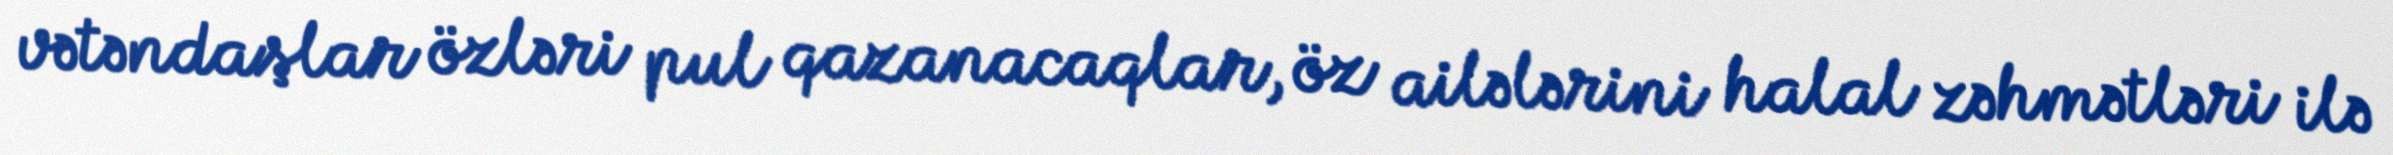
vətəndaşlar özləri pul qazanacaqlar, öz ailələrini halal zəhmətləri ilə